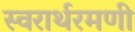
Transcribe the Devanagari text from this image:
स्वरार्थरमणी